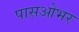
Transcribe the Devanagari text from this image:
पासओभर